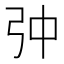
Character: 𱝙